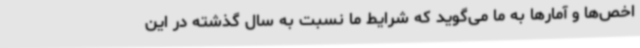
اخص‌ها و آمارها به ما می‌گوید که شرایط ما نسبت به سال گذشته در این